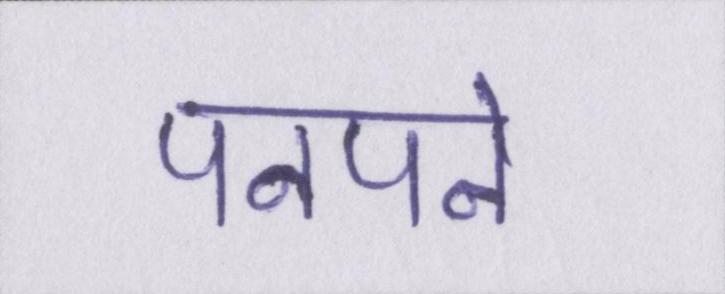
पनपने